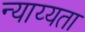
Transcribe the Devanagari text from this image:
न्याय्यता